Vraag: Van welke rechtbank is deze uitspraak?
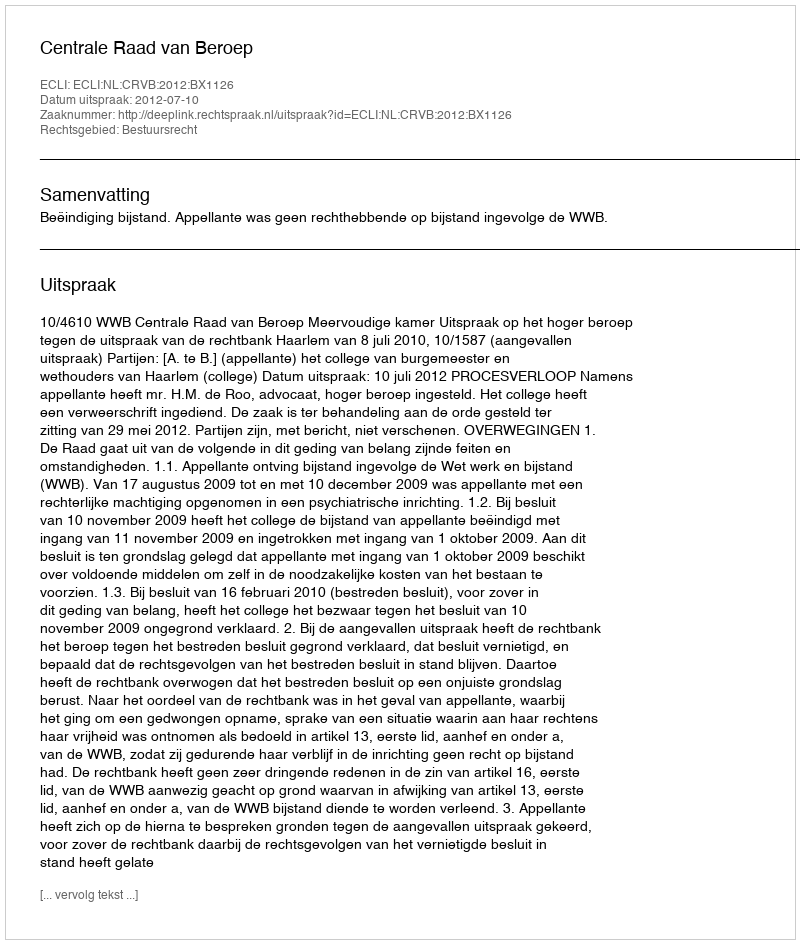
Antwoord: Centrale Raad van Beroep